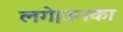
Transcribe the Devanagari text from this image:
लगे।उनका